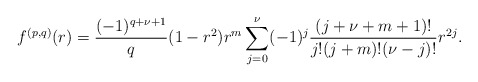
\begin{align*}f^{(p,q)}(r)=\frac{(-1)^{q+\nu+1}}{q}(1-r^2)r^m\sum_{j=0}^{\nu}(-1)^j\frac{(j+\nu+m+1)!}{j!(j+m)!(\nu-j)!}r^{2j}.\end{align*}